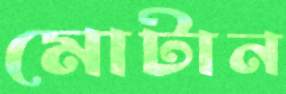
মোটান